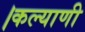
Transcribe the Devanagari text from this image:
।कल्याणी